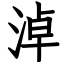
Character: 淖